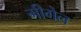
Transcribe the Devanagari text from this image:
मीगेल